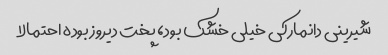
شیرینی دانمارکی خیلی خشک بود، پخت دیروز بوده احتمالا